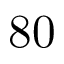
8 0